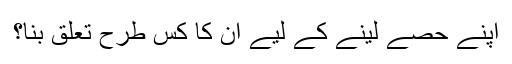
اپنے حصے لینے کے لیے ان کا کس طرح تعلق بنا؟